Civil Veterinary Department. Madras. Admin. report 1926-33 - 1926-1933
Year: 1926
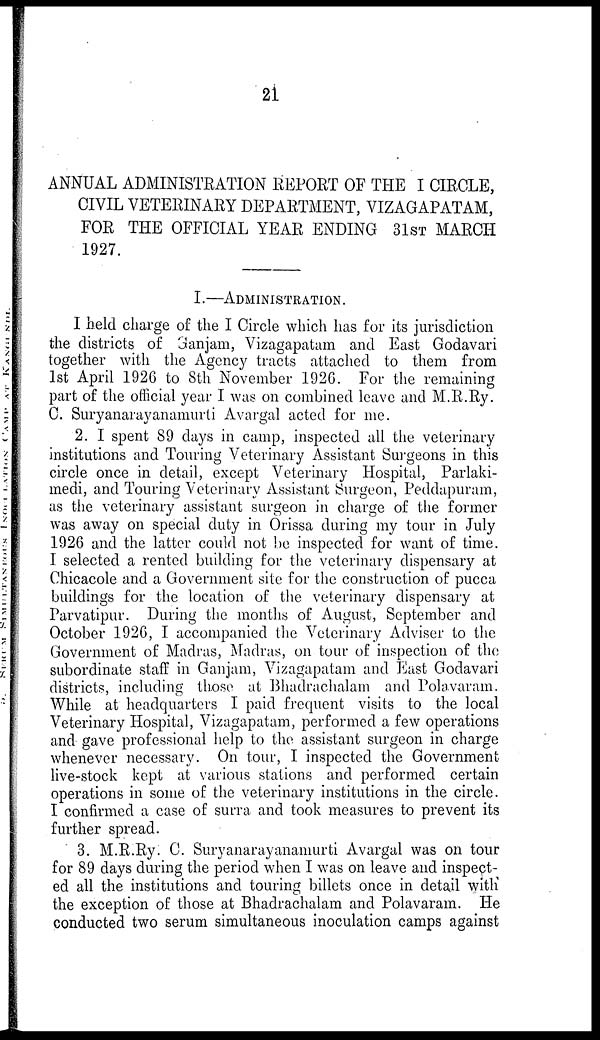
2i
ANNUAL ADMINISTRATION REPORT OF THE I CIRCLE,
CIVIL VETERINARY DEPARTMENT, VIZAGAPATAM,
FOR THE OFFICIAL YEAR ENDING 31ST MARCH
1927.
I.—ADMINISTRATION.
I held charge of the I Circle which has for its jurisdiction
the districts of 3anjam, Vizagapatam and East Godavari
together with the Agency tracts attached to them from
1st April 1926 to 8th November 1926. For the remaining
part of the official year I was on combined leave and M.R.Ry.
C. Suryanarayanamurti Avargal acted for me.
2. I spent 89 days in camp, inspected all the veterinary
institutions and Touring Veterinary Assistant Surgeons in this
circle once in detail, except Veterinary Hospital, Parlaki-
medi, and Touring Veterinary Assistant Surgeon, Peddapuram,
as the veterinary assistant surgeon in charge of the former
was away on special duty in Orissa during my tour in July
1926 and the latter could not be inspected for want of time.
I selected a rented building for the veterinary dispensary at
Chicacole and a Government site for the construction of pucca
buildings for the location of the veterinary dispensary at
Parvatipur. During the months of August, September and
October 1926, I accompanied the Veterinary Adviser to the
Government of Madras, Madras, on tour of inspection of the
subordinate staff in Ganjam, Vizagapatam and East Godavari
districts, including those at Bhadrachalam and Polavaram.
While at headquarters I paid frequent visits to the local
Veterinary Hospital, Vizagapatam, performed a few operations
and gave professional help to the assistant surgeon in charge
whenever necessary. On tour, I inspected the Government
live-stock kept at various stations and performed certain
operations in some of the veterinary institutions in the circle.
I confirmed a case of surra and took measures to prevent its
further spread.
3. M.R.Ry. C. Suryanarayanamurti Avargal was on tour
for 89 days during the period when I was on leave and inspect-
ed all the institutions and touring billets once in detail with
the exception of those at Bhadrachalam and Polavaram. He
conducted two serum simultaneous inoculation camps against